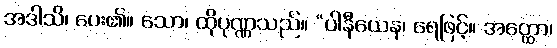
အဒါသိ၊ ပေး၏။ သော၊ ထိုပုဏ္ဏသည်။ “ပါနီယေန၊ ရေဖြင့်။ အတ္ထော၊